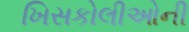
ખિસકોલીઓની